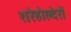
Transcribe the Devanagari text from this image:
शरेहोल्देरों